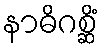
နာဓိဂစ္ဆိံ